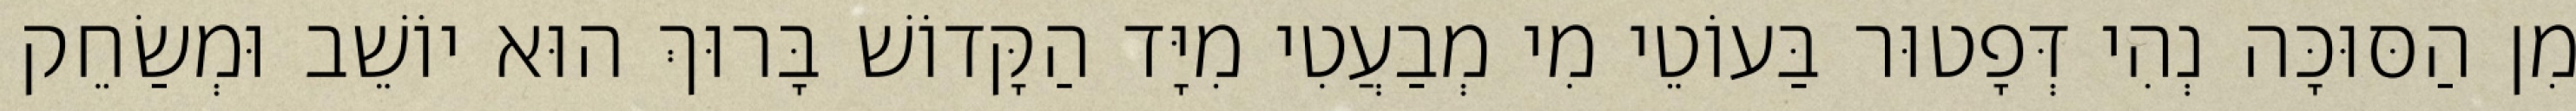
מִן הַסּוּכָּה נְהִי דְּפָטוּר בַּעוֹטֵי מִי מְבַעֲטִי מִיָּד הַקָּדוֹשׁ בָּרוּךְ הוּא יוֹשֵׁב וּמְשַׂחֵק